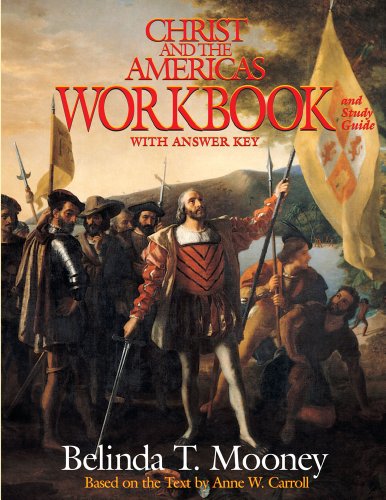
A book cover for Christ and the Americas Workbook: And Study Guide (With Answer Key); Belinda Terro Mooney; Christian Books & Bibles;